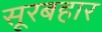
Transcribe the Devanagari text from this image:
सूरबहार